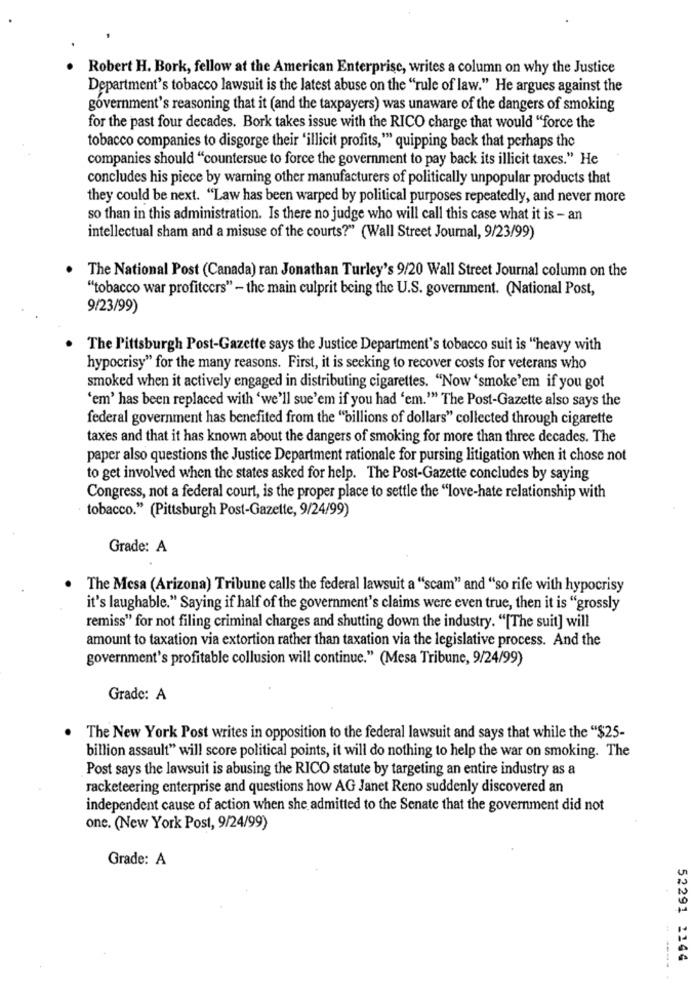
Robert H. Bork, fellow at the American Enterprise, writes a column on why the Justice
Department's tobacco lawsuit is the latest abuse on the "rule of law." He argues against the
government's reasoning that it (and the taxpayers) was unaware of the dangers of smoking
for the past four decades. Bork takes issue with the RICO charge that would "force the
tobacco companies to disgorge their 'illicit profits,"" quipping back that perhaps the
companies should "countersue to force the government to pay back its illicit taxes." He
concludes his piece by warning other manufacturers of politically unpopular products that
they could be next. "Law has been warped by political purposes repeatedly, and never more
so than in this administration. Is there no judge who will call this case what it is - an
intellectual sham and a misuse of the courts?" (Wall Street Journal, 9/23/99)
The National Post (Canada) ran Jonathan Turley's 9/20 Wall Street Journal column on the
"tobacco war profiteers" - the main culprit being the U.S. government. (National Post,
9/23/99)
The Pittsburgh Post-Gazette says the Justice Department's tobacco suit is "heavy with
hypocrisy" for the many reasons. First, it is seeking to recover costs for veterans who
smoked when it actively engaged in distributing cigarettes. "Now 'smoke'em if you got
'em' has been replaced with 'we'll sue'em if you had 'em."" The Post-Gazette also says the
federal government has benefited from the "billions of dollars" collected through cigarette
taxes and that it has known about the dangers of smoking for more than three decades. The
paper also questions the Justice Department rationale for pursing litigation when it chose not
to get involved when the states asked for help. The Post-Gazette concludes by saying
Congress, not a federal court, is the proper place to settle the "love-hate relationship with
tobacco." (Pittsburgh Post-Gazette, 9/24/99)
Grade: A
The Mesa (Arizona) Tribune calls the federal lawsuit a "scam" and "so rife with hypocrisy
it's laughable." Saying if half of the government's claims were even true, then it is "grossly
remiss" for not filing criminal charges and shutting down the industry. "[The suit] will
amount to taxation via extortion rather than taxation via the legislative process. And the
government's profitable collusion will continue." (Mesa Tribune, 9/24/99)
Grade: A
The New York Post writes in opposition to the federal lawsuit and says that while the "$25-
billion assault" will score political points, it will do nothing to help the war on smoking. The
Post says the lawsuit is abusing the RICO statute by targeting an entire industry as a
racketeering enterprise and questions how AG Janet Reno suddenly discovered an
independent cause of action when she admitted to the Senate that the government did not
one. (New York Post, 9/24/99)
Grade: A
52291 2144